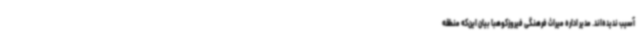
آسیب ندیده‌اند. مدیر اداره میراث فرهنگی فیروزکوهبا بیان این‌که منطقه